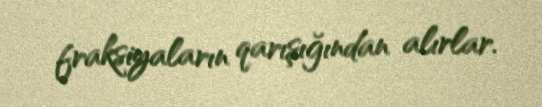
fraksiyaların qarışığından alırlar.